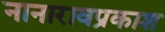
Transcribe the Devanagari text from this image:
नानारावप्रकाश